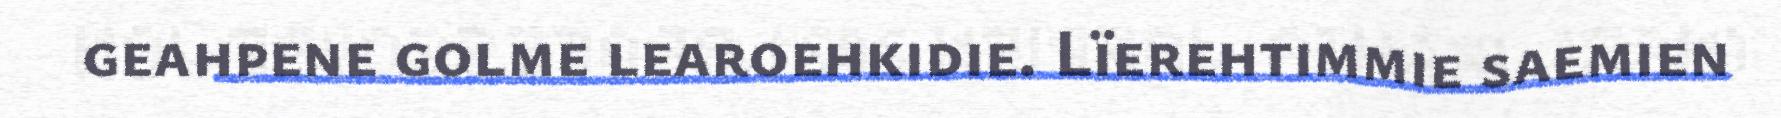
geahpene golme learoehkidie. Lïerehtimmie saemien